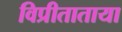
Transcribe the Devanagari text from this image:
विप्रीताताया